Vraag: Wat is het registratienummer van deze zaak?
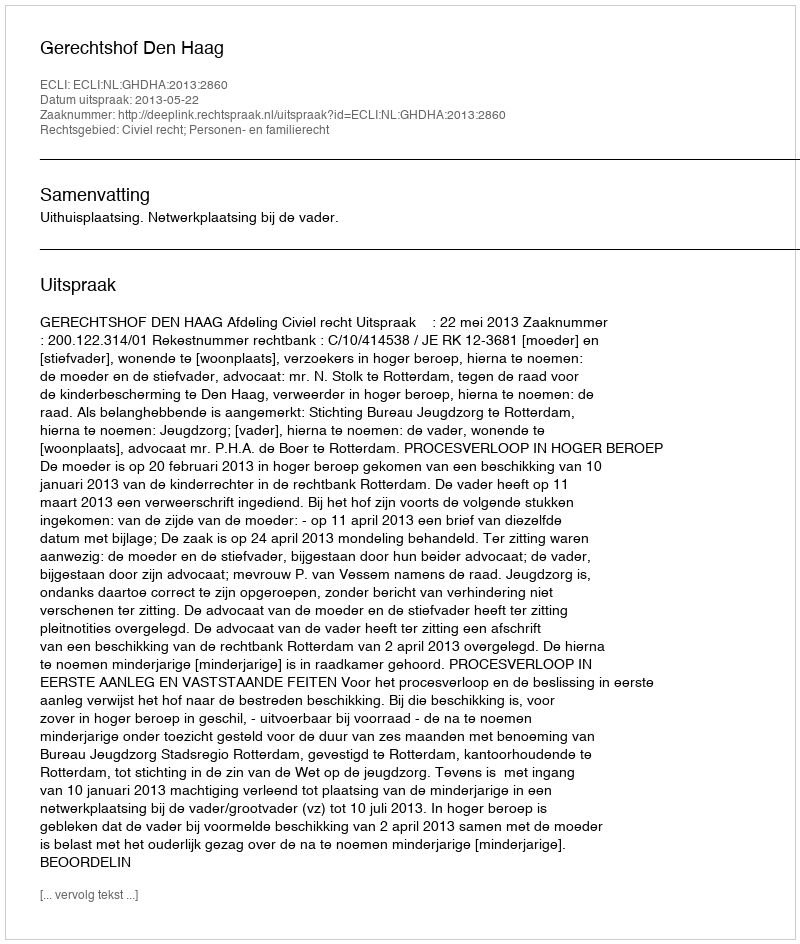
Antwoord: http://deeplink.rechtspraak.nl/uitspraak?id=ECLI:NL:GHDHA:2013:2860